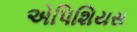
એપિશિયસ